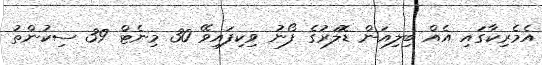
އެމެރިކާގައި އެއް ބިލިއަން ޑޮލަރުގެ ފޯނު ވިކިފައިވޭ 30 މިނެޓް 39 ސިކުންތު